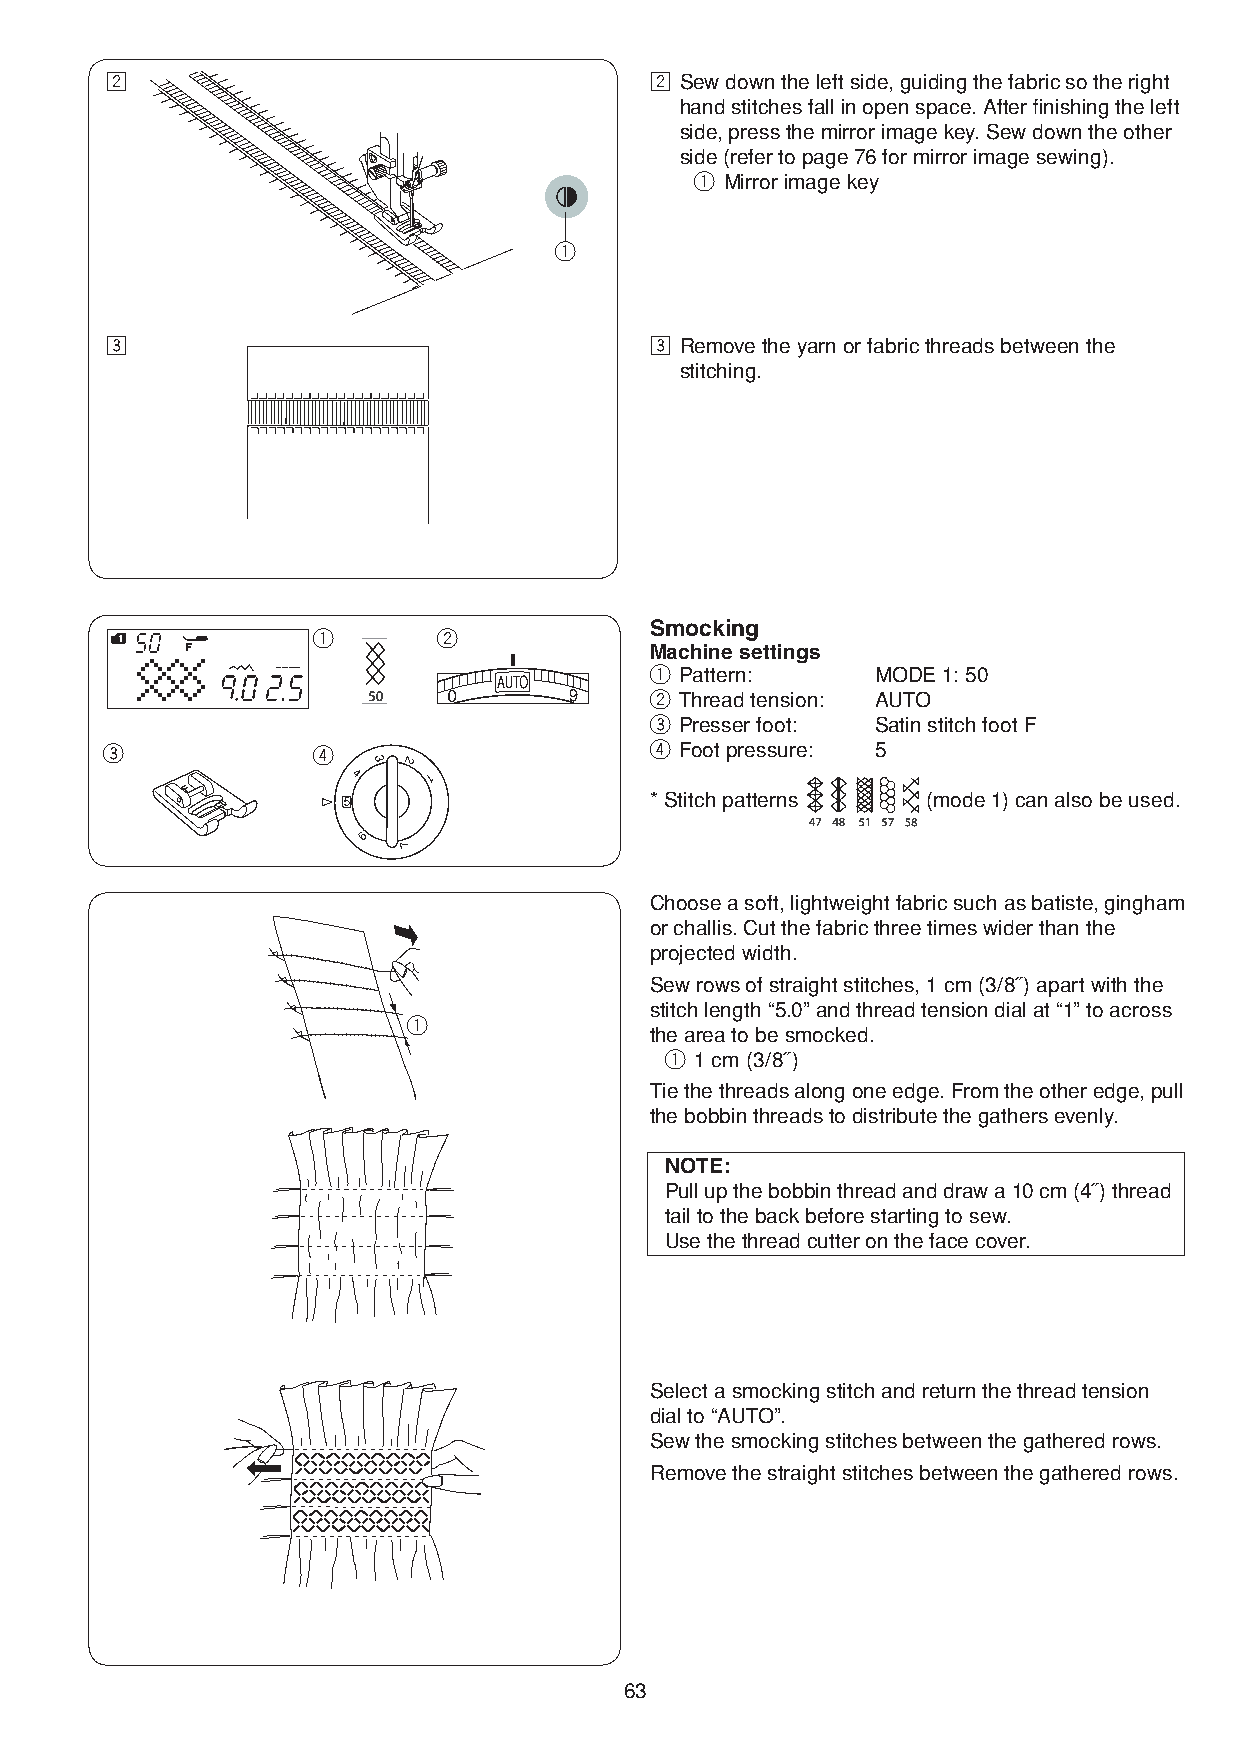
x                                   x Sew down the left side, guiding the fabric so the right
 hand stitches fall in open space. After finishing the left
 side, press the mirror image key. Sew down the other
 side (refer to page 76 for mirror image sewing).
 q Mirror image key
 q
 c                                   c Remove the yarn or fabric threads between the
 stitching.
 Smocking
 q       w
 Machine settings
 q Pattern:     MODE 1: 50
 w Thread tension: AUTO
 e Presser foot: Satin stitch foot F
 e             r                     r Foot pressure: 5
 * Stitch patterns (mode 1) can also be used.
 Choose a soft, lightweight fabric such as batiste, gingham
 or challis. Cut the fabric three times wider than the
 projected width.
 Sew rows of straight stitches, 1 cm (3/8˝) apart with the
 stitch length “5.0” and thread tension dial at “1” to across
 q
 the area to be smocked.
 q 1 cm (3/8˝)
 Tie the threads along one edge. From the other edge, pull
 the bobbin threads to distribute the gathers evenly.
 NOTE:
 Pull up the bobbin thread and draw a 10 cm (4˝) thread
 tail to the back before starting to sew.
 Use the thread cutter on the face cover.
 Select a smocking stitch and return the thread tension
 dial to “AUTO”.
 Sew the smocking stitches between the gathered rows.
 Remove the straight stitches between the gathered rows.
 63